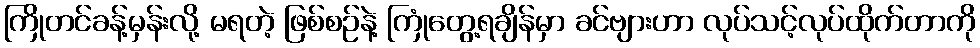
ကြိုတင်ခန့်မှန်းလို့ မရတဲ့ ဖြစ်စဉ်နဲ့ ကြုံတွေ့ရချိန်မှာ ခင်ဗျားဟာ လုပ်သင့်လုပ်ထိုက်တာကို